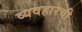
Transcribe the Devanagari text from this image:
व्यवहारची